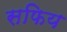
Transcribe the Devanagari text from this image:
सफिय